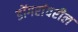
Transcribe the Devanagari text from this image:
डोंगरांवरील